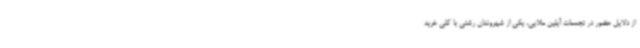
از دلایل حضور در تجمعات آیلین ملایی، یکی از شهروندان رشتی با کلی خرید